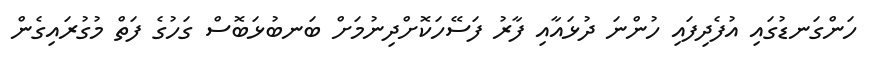
ހަންގަނޑުގައި އުފެދިފައި ހުންނަ ދުޅައާއި ފާރު ފަސޭހަކޮށްދިނުމަށް ބަނބުޅަބޮސް ގަހުގެ ފަތް މުގުރައިގެން